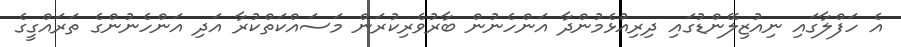
އެ ހަފްލާގައި ނިއުޒިލޭންޑުގައި ދިރިއުޅެމުންދާ އަންހެނުން ބާރުވެރިކުރަން މަސައްކަތްކުރާ އަދި އަންހެނުންގެ ތަރައްގީގެ